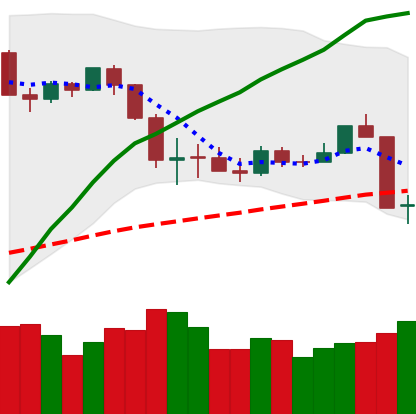
Ticker: ETH-USD
Chart end date: 2020-03-09
Forward return: -38.953%
Label: down_7plus